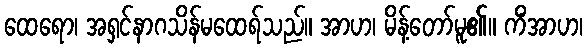
ထေရော၊ အရှင်နာဂသိန်မထေရ်သည်။ အာဟ၊ မိန့်တော်မူ၏။ ကိံအာဟ၊